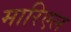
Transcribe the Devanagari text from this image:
मारिएल